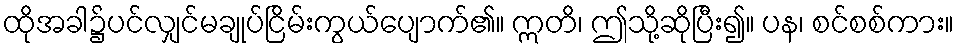
ထိုအခါ၌ပင်လျှင်မချုပ်ငြိမ်းကွယ်ပျောက်၏။ ဣတိ၊ ဤသို့ဆိုပြီး၍။ ပန၊ စင်စစ်ကား။